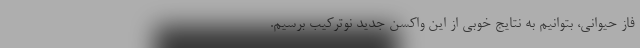
فاز حیوانی، بتوانیم به نتایج خوبی از این واکسن جدید نوترکیب برسیم.